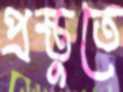
প্রস্তুতে